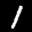
Label: 1